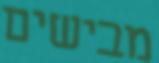
מבישים